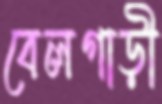
বেলগাড়ী